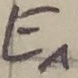
Text: E1